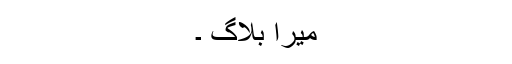
میرا بلاگ ۔